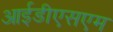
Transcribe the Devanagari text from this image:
आईडीएसएम